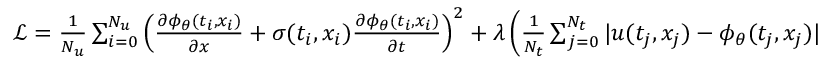
\begin{array} { r } { \mathcal { L } = \frac { 1 } { N _ { u } } \sum _ { i = 0 } ^ { N _ { u } } \left( \frac { \partial \phi _ { \theta } ( t _ { i } , x _ { i } ) } { \partial x } + \sigma ( t _ { i } , x _ { i } ) \frac { \partial \phi _ { \theta } ( t _ { i } , x _ { i } ) } { \partial t } \right) ^ { 2 } + \lambda \left( \frac { 1 } { N _ { t } } \sum _ { j = 0 } ^ { N _ { t } } | u ( t _ { j } , x _ { j } ) - \phi _ { \theta } ( t _ { j } , x _ { j } ) | \right) , } \end{array}